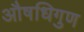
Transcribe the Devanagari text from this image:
औषधिगुण